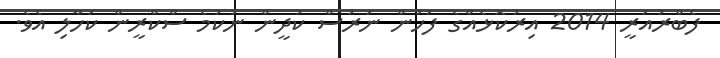
ފެބްރުއަރީ 2014 އިރުކޮޅެއްގެ ފަހުން ނަރުސް ކުދީން ނުކުމެ ސްކްރީން ކަހާލި އެވެ.